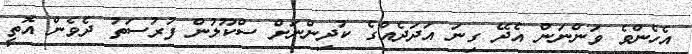
އެހެންވެ ވަންނަން އެދޭ ގިނަ އަދަދެއްގެ ކުދިންނަށް ސްކޫލުން ފުރުސަތު ދެވެން އޮތީ